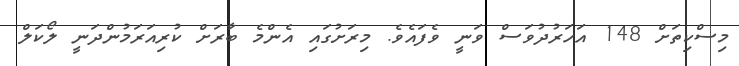
މިސްކިތަށް 148 އަހަރުދުވަސް ވަނީ ވެފައެވެ. މިރަށުގައި އެންމެ ބާރަށް ކުރިއަރަމުންދަނީ ލޯކަލް